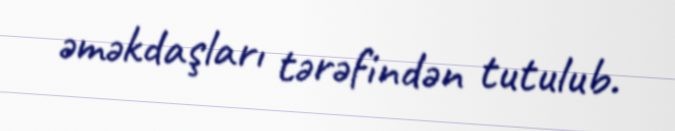
əməkdaşları tərəfindən tutulub.